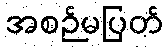
အစဉ်မပြတ်